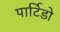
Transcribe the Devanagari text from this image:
पार्टिडो